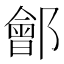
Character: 鄶